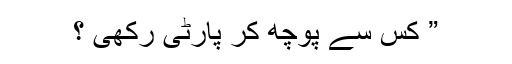
” کس سے پوچھ کر پارٹی رکھی ؟